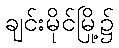
ချင်းမိုင်မြို့၌